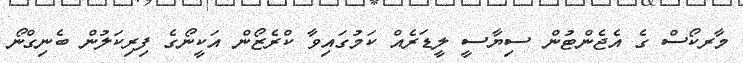
މާރކޯސް ގެ އެޖެންޓުން ސިޔާސީ ލީޑަރެއް ކަމުގައިވާ ކްރެޒޯން އަކީނޯގެ ފިރިކަލުން ބެނިގްނޯ